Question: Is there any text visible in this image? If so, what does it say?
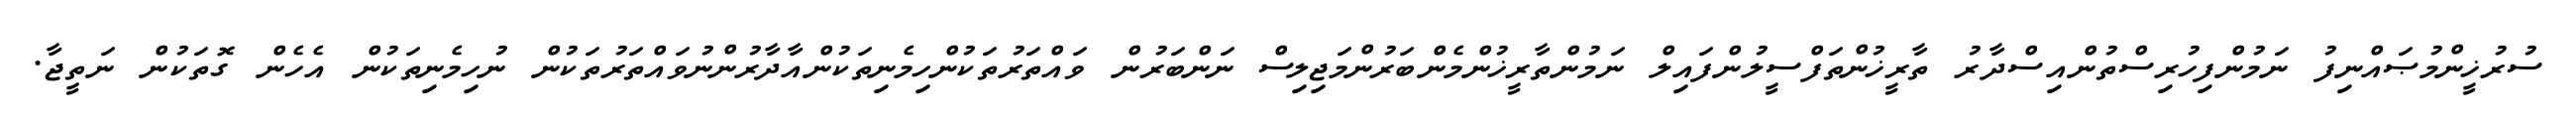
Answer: ސުރުޚީންމުޞައްނިފު ނަމުންފިހުރިސްތުންއިސްދާރު ތާރީޚުންތަފްސީލުންފައިލް ނަމުންތާރީޚުންމެންބަރުންމަޖިލިސް ނަންބަރުން ވައްތަރުތަކުންހިމެނިތަކުންއާދާރުންނުވައްތަރުތަކުން ނުހިމެނިތަކުން އެހެން ގޮތަކުން ނަތީޖާ.